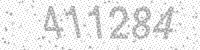
Solution: 411284